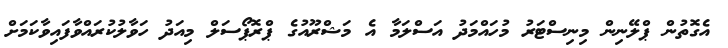
އެގޮތުން ޕްލޭނިން މިނިސްޓަރު މުހައްމަދު އަސްލަމާ އެ މަޝްރޫއުގެ ޕްރޮޕޯސަލް މިއަދު ހަވާލުކުރައްވާފައިވާކަމަށް